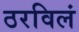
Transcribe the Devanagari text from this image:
ठरविलं